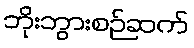
ဘိုးဘွားစဉ်ဆက်